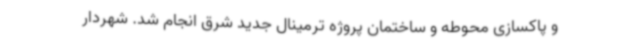
و پاکسازی محوطه و ساختمان پروژه ترمینال جدید شرق انجام شد. شهردار